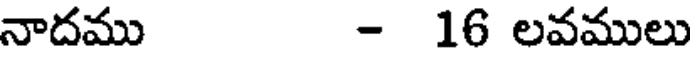
నాదము - 16 లవములు